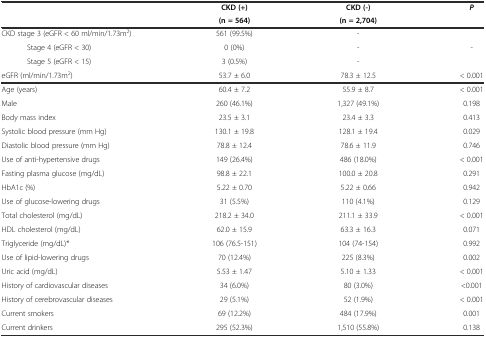
<table><thead><tr><td></td><td><b>CKD (+)</b></td><td><b>CKD (-)</b></td><td><b><i>P</i></b></td></tr><tr><td></td><td><b>(n = 564)</b></td><td><b>(n = 2,704)</b></td><td></td></tr></thead><tbody><tr><td>CKD stage 3 (eGFR &lt; 60 ml/min/1.73m<sup>2</sup>)</td><td>561 (99.5%)</td><td>-</td><td rowspan="3">-</td></tr><tr><td>Stage 4 (eGFR &lt; 30)</td><td>0 (0%)</td><td>-</td></tr><tr><td>Stage 5 (eGFR &lt; 15)</td><td>3 (0.5%)</td><td>-</td></tr><tr><td>eGFR (ml/min/1.73m<sup>2</sup>)</td><td>53.7 ± 6.0</td><td>78.3 ± 12.5</td><td>&lt; 0.001</td></tr><tr><td>Age (years)</td><td>60.4 ± 7.2</td><td>55.9 ± 8.7</td><td>&lt; 0.001</td></tr><tr><td>Male</td><td>260 (46.1%)</td><td>1,327 (49.1%)</td><td>0.198</td></tr><tr><td>Body mass index</td><td>23.5 ± 3.1</td><td>23.4 ± 3.3</td><td>0.413</td></tr><tr><td>Systolic blood pressure (mm Hg)</td><td>130.1 ± 19.8</td><td>128.1 ± 19.4</td><td>0.029</td></tr><tr><td>Diastolic blood pressure (mm Hg)</td><td>78.8 ± 12.4</td><td>78.6 ± 11.9</td><td>0.746</td></tr><tr><td>Use of anti-hypertensive drugs</td><td>149 (26.4%)</td><td>486 (18.0%)</td><td>&lt; 0.001</td></tr><tr><td>Fasting plasma glucose (mg/dL)</td><td>98.8 ± 22.1</td><td>100.0 ± 20.8</td><td>0.291</td></tr><tr><td>HbA1c (%)</td><td>5.22 ± 0.70</td><td>5.22 ± 0.66</td><td>0.942</td></tr><tr><td>Use of glucose-lowering drugs</td><td>31 (5.5%)</td><td>110 (4.1%)</td><td>0.129</td></tr><tr><td>Total cholesterol (mg/dL)</td><td>218.2 ± 34.0</td><td>211.1 ± 33.9</td><td>&lt; 0.001</td></tr><tr><td>HDL cholesterol (mg/dL)</td><td>62.0 ± 15.9</td><td>63.3 ± 16.3</td><td>0.071</td></tr><tr><td>Triglyceride (mg/dL)*</td><td>106 (76.5-151)</td><td>104 (74-154)</td><td>0.992</td></tr><tr><td>Use of lipid-lowering drugs</td><td>70 (12.4%)</td><td>225 (8.3%)</td><td>0.002</td></tr><tr><td>Uric acid (mg/dL)</td><td>5.53 ± 1.47</td><td>5.10 ± 1.33</td><td>&lt; 0.001</td></tr><tr><td>History of cardiovascular diseases</td><td>34 (6.0%)</td><td>80 (3.0%)</td><td>&lt;0.001</td></tr><tr><td>History of cerebrovascular diseases</td><td>29 (5.1%)</td><td>52 (1.9%)</td><td>&lt; 0.001</td></tr><tr><td>Current smokers</td><td>69 (12.2%)</td><td>484 (17.9%)</td><td>0.001</td></tr><tr><td>Current drinkers</td><td>295 (52.3%)</td><td>1,510 (55.8%)</td><td>0.138</td></tr></tbody></table>